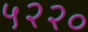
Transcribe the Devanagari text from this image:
५२२०